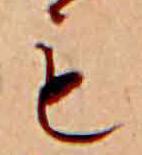
も